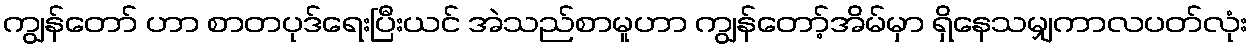
ကျွန်တော် ဟာ စာတပုဒ်ရေးပြီးယင် အဲသည်စာမူဟာ ကျွန်တော့်အိမ်မှာ ရှိနေသမျှကာလပတ်လုံး